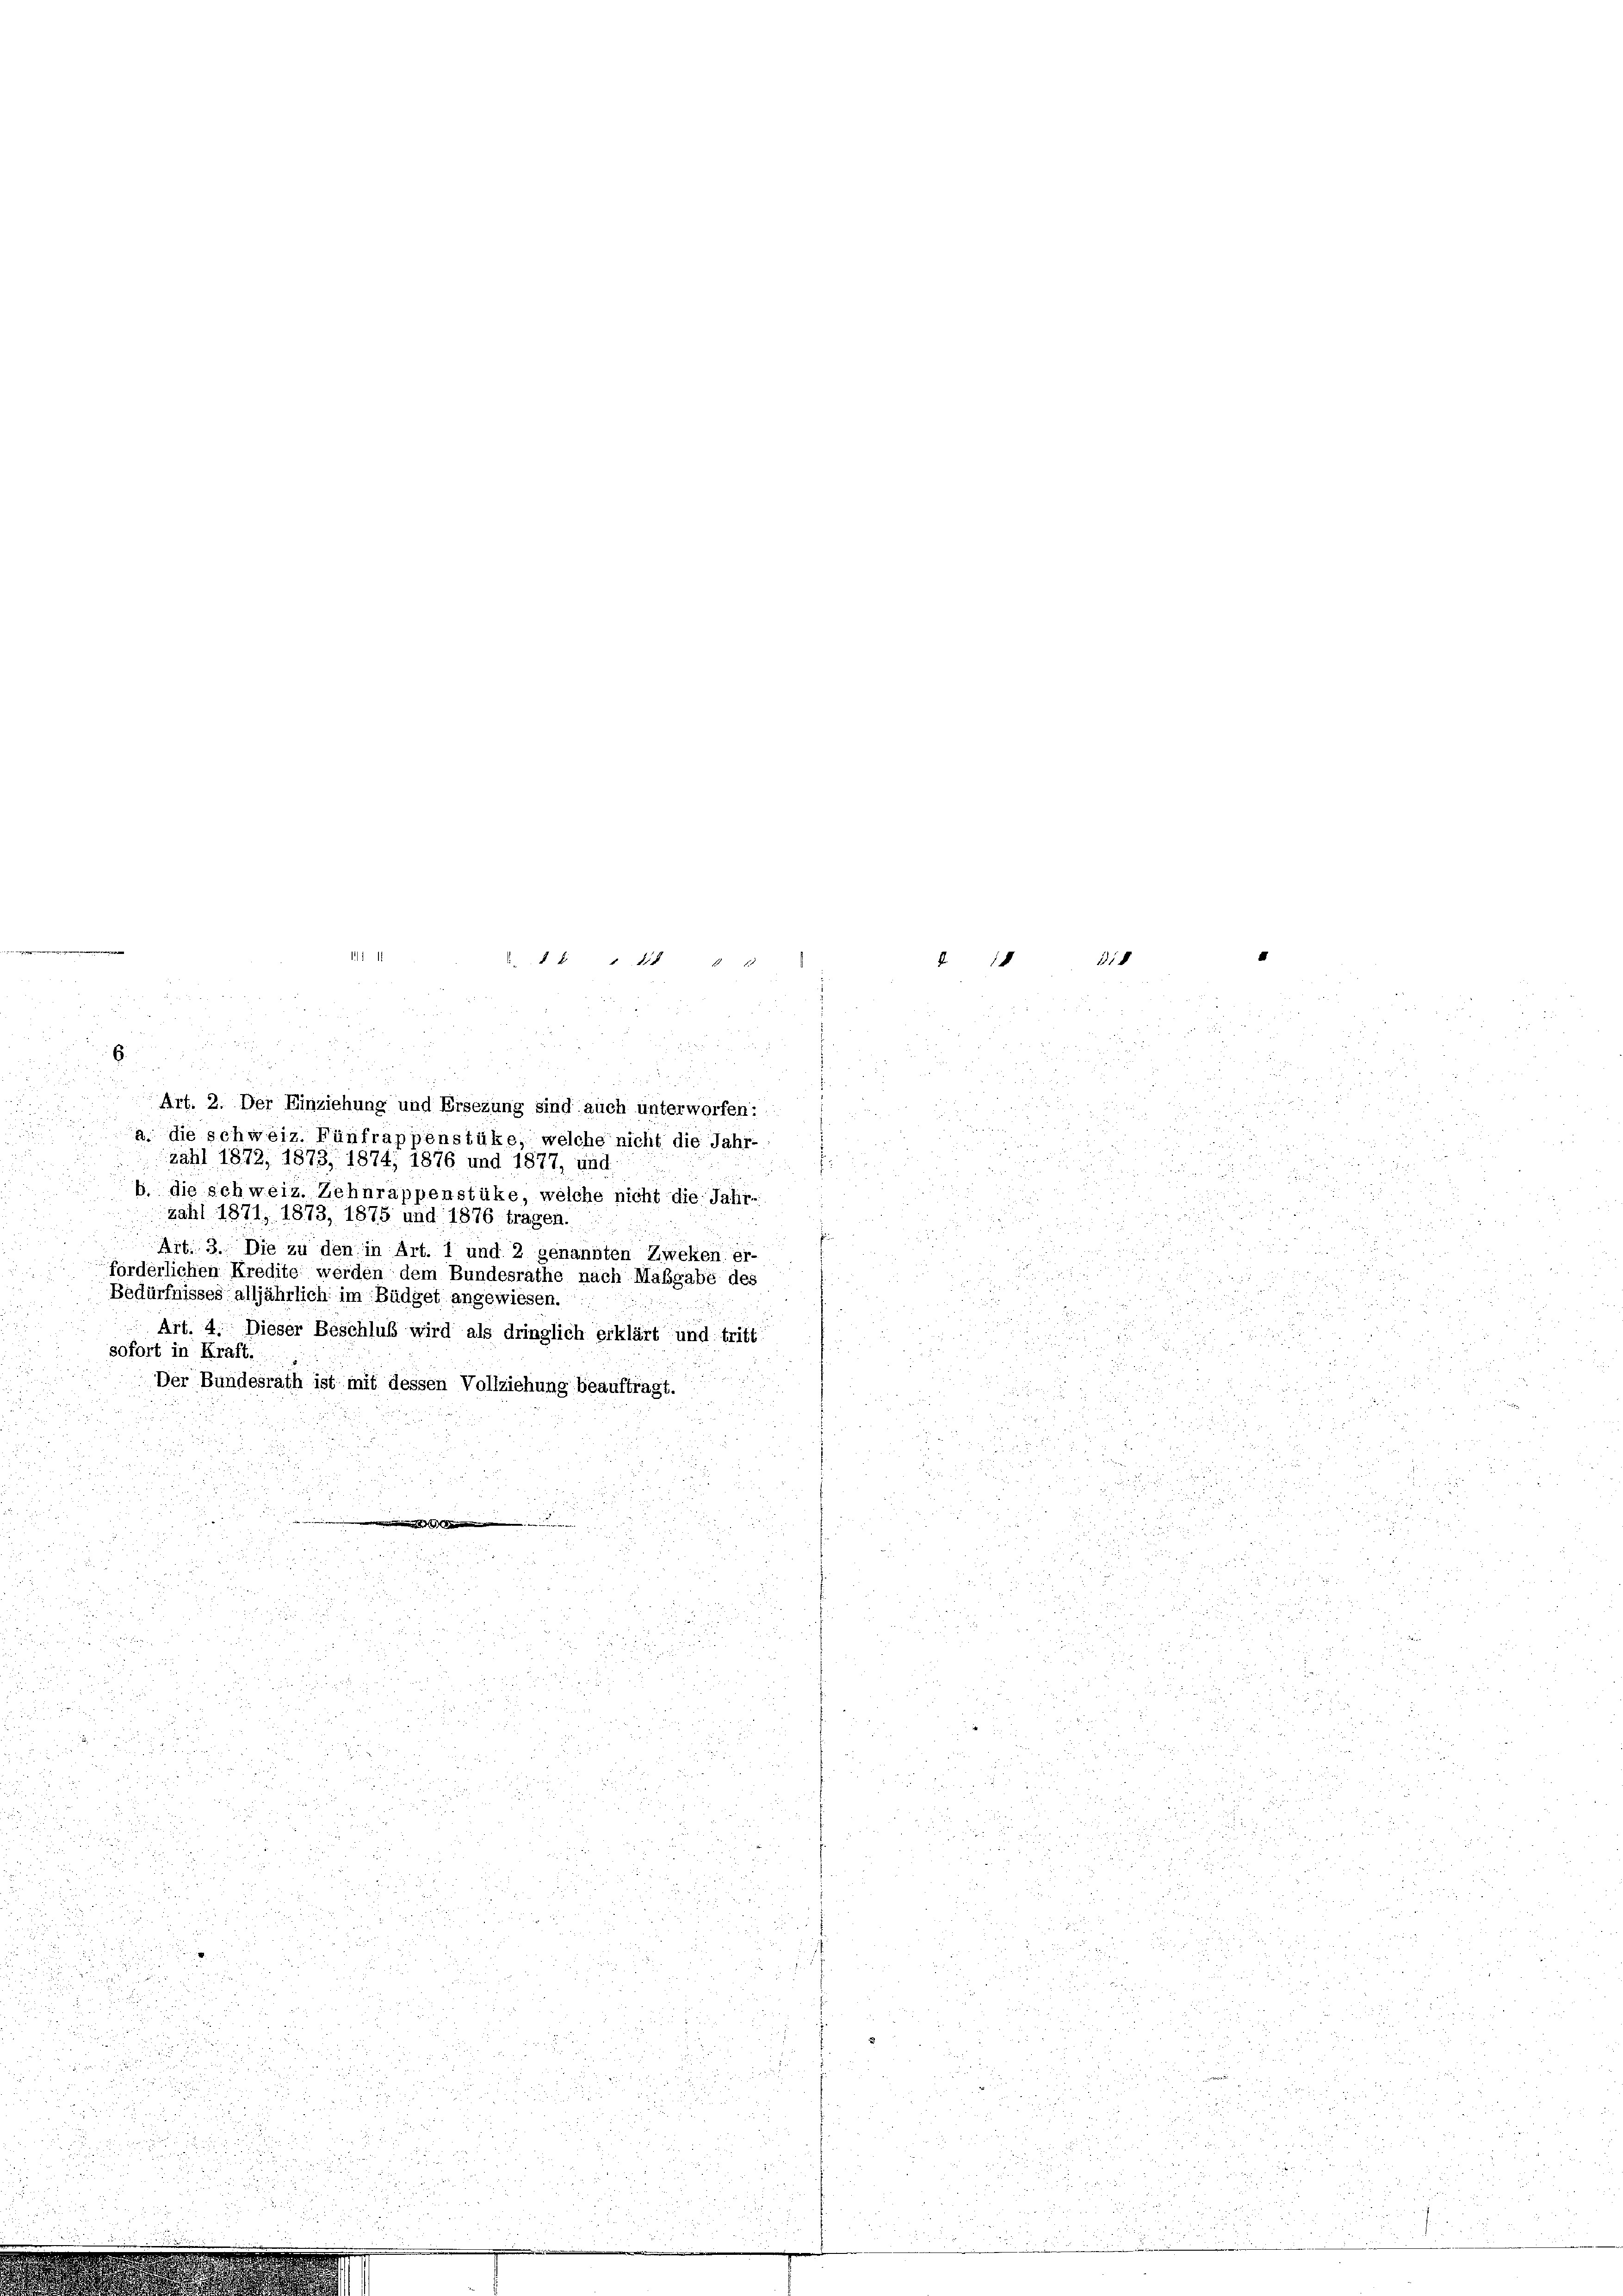
u

147.

§ 1218

2
u
6.

.
Art. 2. Der Einziehung und Ersezung sind auch unterworfen:
a. die schweiz. Fünfrappenstüke, welche nicht die Jahr-
zahl 1872, 1873, 1874; 1876 und 1877, und
b. die schweiz. Zehnrappenstüke, welche nicht die Jahr-
zahl 1871, 1873, 1875 und 1876 tragen.
u
d
Art. 3. Die zu den in Art. 1 und 2 genannten Zweken er-
förderlichen Kredite werden dem Bundesrathe nach Maßgabe des
Bedürfnisses alljährlich im Büdget angewiesen.
Art. 4. Dieser Beschluß wird als dringlich erklärt und tritt
sofort in Kraft.
Der Bundesrath ist mit dessen Vollziehung beauftragt.

3
n

.

18

318